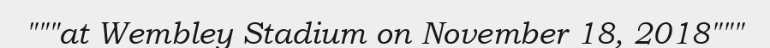
"""at Wembley Stadium on November 18, 2018"""